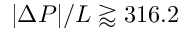
| \Delta P | / L \gtrapprox 3 1 6 . 2